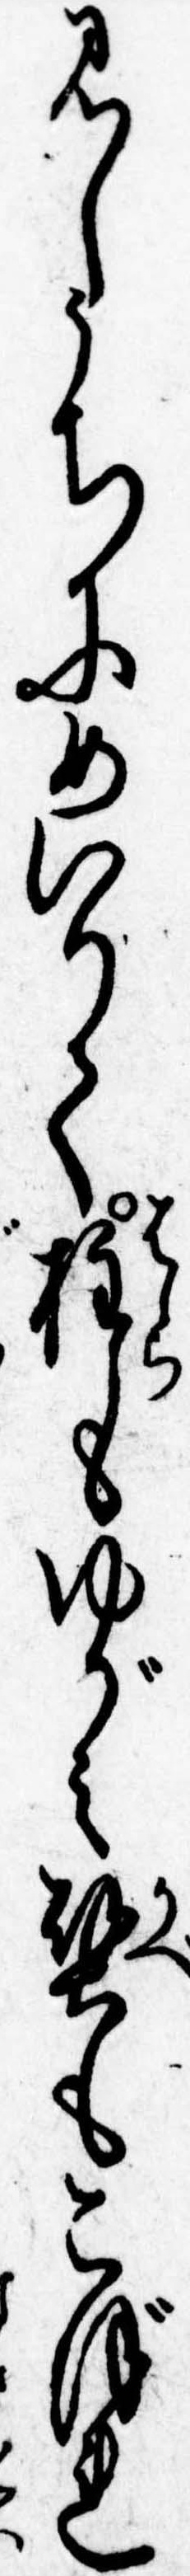
見しうちにめいりて柱もゆがみ壁もこぼれ